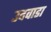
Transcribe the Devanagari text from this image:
उदवाडा